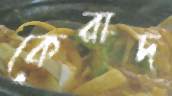
কেরাদ